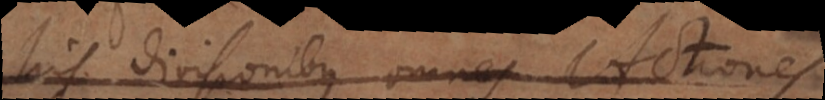
his divisionibus omnes Actiones